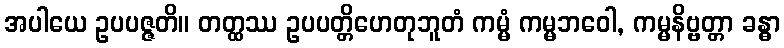
အပါယေ ဥပပဇ္ဇတိ။ တတ္ထဿ ဥပပတ္တိဟေတုဘူတံ ကမ္မံ ကမ္မဘဝေါ, ကမ္မနိဗ္ဗတ္တာ ခန္ဓာ